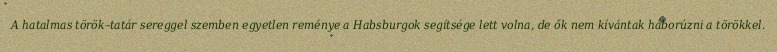
A hatalmas török–tatár sereggel szemben egyetlen reménye a Habsburgok segítsége lett volna, de ők nem kívántak háborúzni a törökkel.